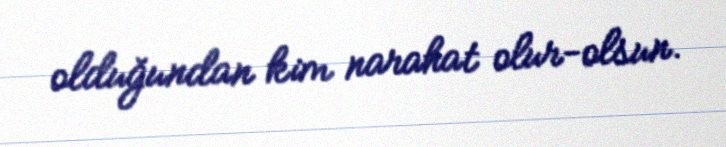
olduğundan kim narahat olur-olsun.